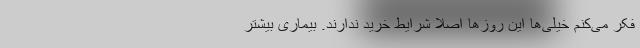
فکر می‌کنم خیلی‌ها این روزها اصلاً شرایط خرید ندارند. بیماری بیشتر